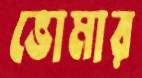
ভোমার